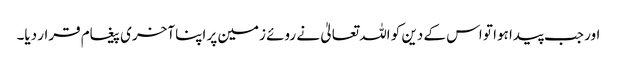
اور جب پیدا ہوا تو اس کے دین کو اللہ تعالیٰ نے روئے زمین پر اپنا آخری پیغام قرار دیا۔